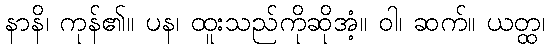
နာနိ၊ ကုန်၏။ ပန၊ ထူးသည်ကိုဆိုအံ့။ ဝါ၊ ဆက်။ ယတ္ထ၊